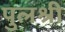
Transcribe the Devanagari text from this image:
पुलश्री